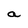
Character: a